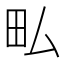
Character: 𤰜